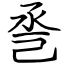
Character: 巹